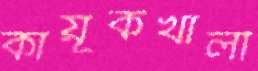
কায়ূকখালী